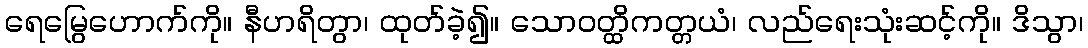
ရေမြွေဟောက်ကို။ နီဟရိတွာ၊ ထုတ်ခဲ့၍။ သောဝတ္ထိကတ္တယံ၊ လည်ရေးသုံးဆင့်ကို။ ဒိသွာ၊